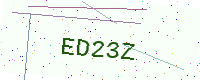
Text: ED23Z